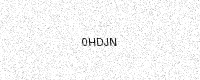
Text: 0HDJN